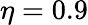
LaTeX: \eta=0.9